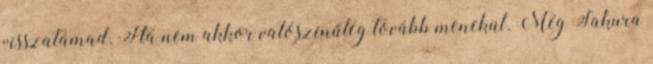
visszatámad. Ha nem akkor valószínűleg tovább menekül. Még Sakura